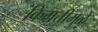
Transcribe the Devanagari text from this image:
किंमत्तीमुळे